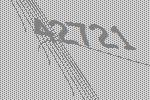
42721